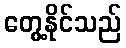
တွေ့နိုင်သည်